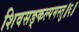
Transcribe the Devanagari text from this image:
शिवसङ्कल्पमस्तु॥६॥